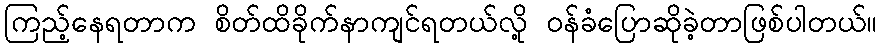
ကြည့်နေရတာက စိတ်ထိခိုက်နာကျင်ရတယ်လို့ ဝန်ခံပြောဆိုခဲ့တာဖြစ်ပါတယ်။